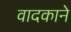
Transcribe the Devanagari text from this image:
वादकाने